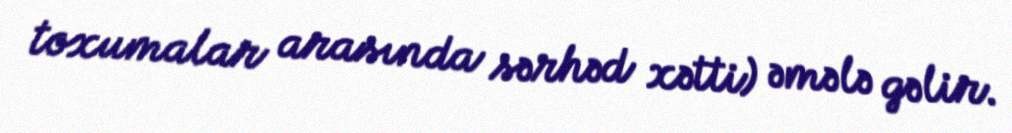
toxumalar arasında sərhəd xətti) əmələ gəlir.